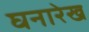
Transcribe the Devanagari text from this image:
घनारेख